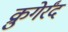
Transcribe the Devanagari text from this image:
क्रुगेर्रंद